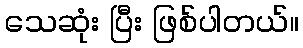
သေဆုံး ပြီး ဖြစ်ပါတယ်။